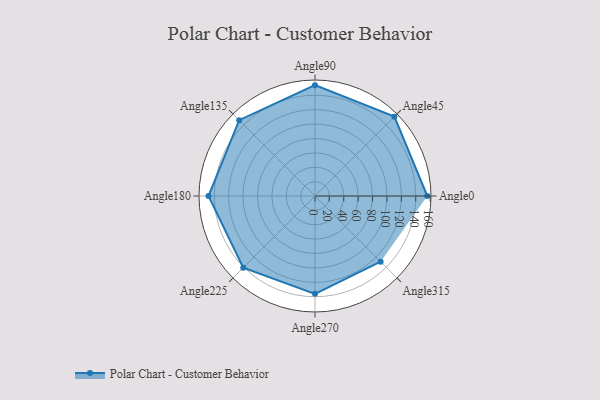
{"axis": {"x": "Angle", "y": "Radius"}, "legend": [""], "data": [{"x": "Angle0", "y": 156.0, "type": ""}, {"x": "Angle45", "y": 156.0, "type": ""}, {"x": "Angle90", "y": 154.0, "type": ""}, {"x": "Angle135", "y": 149.0, "type": ""}, {"x": "Angle180", "y": 148.0, "type": ""}, {"x": "Angle225", "y": 141.0, "type": ""}, {"x": "Angle270", "y": 136.0, "type": ""}, {"x": "Angle315", "y": 129.0, "type": ""}]}